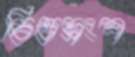
চিত্তভ্রংশ